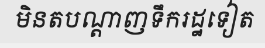
មិនតបណ្តាញទឹករដ្ឋទៀត